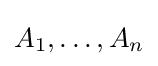
A_{1},\ldots ,A_{n}